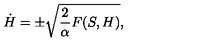
\dot { H } = \pm \sqrt { { \frac { 2 } { \alpha } } F ( S , H ) } ,